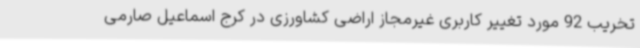
تخریب 92 مورد تغییر کاربری غیرمجاز اراضی کشاورزی در کرج اسماعیل صارمی